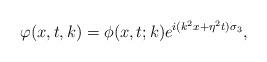
LaTeX: \begin{align*}\varphi(x,t,k)=\phi(x,t;k)e^{i(k^2x+\eta^2t)\sigma_3}, \end{align*}